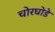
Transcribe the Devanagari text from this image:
चोरघोडे